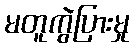
မတူကွဲပြားမှု